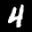
Label: 4